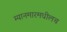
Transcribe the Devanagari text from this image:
म्यानमारमधीलच